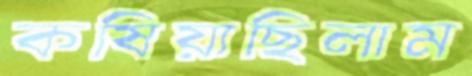
কষিয়াছিলাম